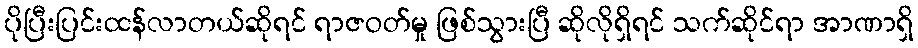
ပိုပြီးပြင်းထန်လာတယ်ဆိုရင် ရာဇဝတ်မှု ဖြစ်သွားပြီ ဆိုလိုရှိရင် သက်ဆိုင်ရာ အာဏာရှိ